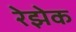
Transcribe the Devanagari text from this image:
रेझेक